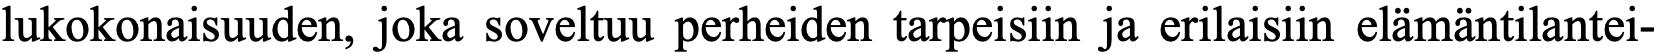
lukokonaisuuden, joka soveltuu perheiden tarpeisiin ja erilaisiin elämäntilantei-